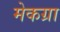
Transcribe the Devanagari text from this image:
मेकग्रा